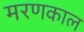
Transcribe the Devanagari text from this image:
मरणकाल